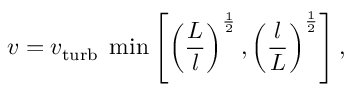
v = v _ { \mathrm { t u r b } } \; \min \left[ \left( { \frac { L } { l } } \right) ^ { \frac { 1 } { 2 } } , \left( { \frac { l } { L } } \right) ^ { \frac { 1 } { 2 } } \right] ,